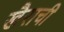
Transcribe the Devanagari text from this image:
खैराची